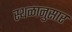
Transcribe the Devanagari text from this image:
स्थळानुसार